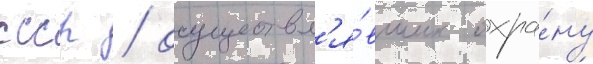
ссср / осуществл'я́вших охра́ну